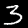
Digit: 3